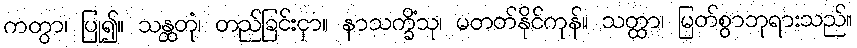
ကတွာ၊ ပြု၍။ သန္ထတုံ၊ တည်ခြင်းငှာ။ နာသက္ခိံသု၊ မတတ်နိုင်ကုန်။ သတ္ထာ၊ မြတ်စွာဘုရားသည်။